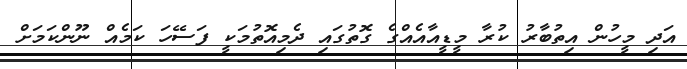
އަދި މީހުން އިތުބާރު ކުރާ މީޑީއާއެއްގެ ގޮތުގައި ދެމިއޮތުމަކީ ފަސޭހަ ކަމެއް ނޫންކަމަށް